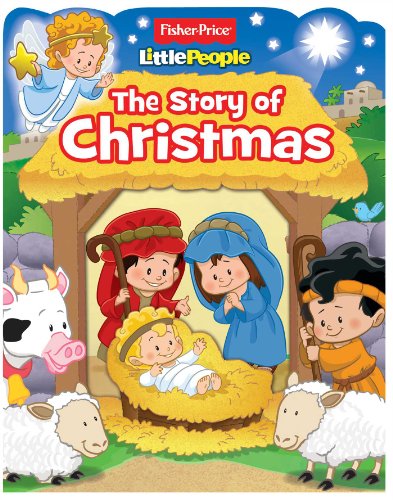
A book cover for Fisher-Price Little People: The Story of Christmas (Boardbooks - Board Book); Fisher-Price; Christian Books & Bibles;